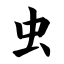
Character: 虫